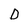
Character: D